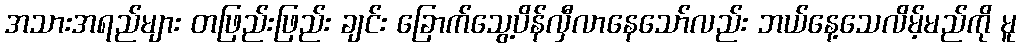
အသားအရည်များ တဖြည်းဖြည်း ချင်း ခြောက်သွေ့ပိန်လှီလာနေသော်လည်း ဘယ်နေ့သေလိမ့်မည်ကို မူ